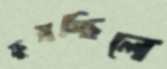
ফুস্‌লচ্ছিলে